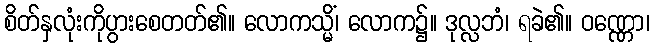
စိတ်နှလုံးကိုပွားစေတတ်၏။ လောကသ္မိံ၊ လောက၌။ ဒုလ္လဘံ၊ ရခဲ၏။ ဝဏ္ဏော၊